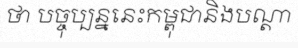
ថា បច្ចុប្បន្ននេះកម្ពុជានិងបណ្តា